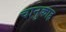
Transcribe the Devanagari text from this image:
चानुकाह